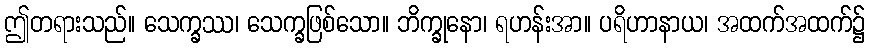
ဤတရားသည်။ သေက္ခဿ၊ သေက္ခဖြစ်သော။ ဘိက္ခုနော၊ ရဟန်းအာ။ ပရိဟာနာယ၊ အထက်အထက်၌